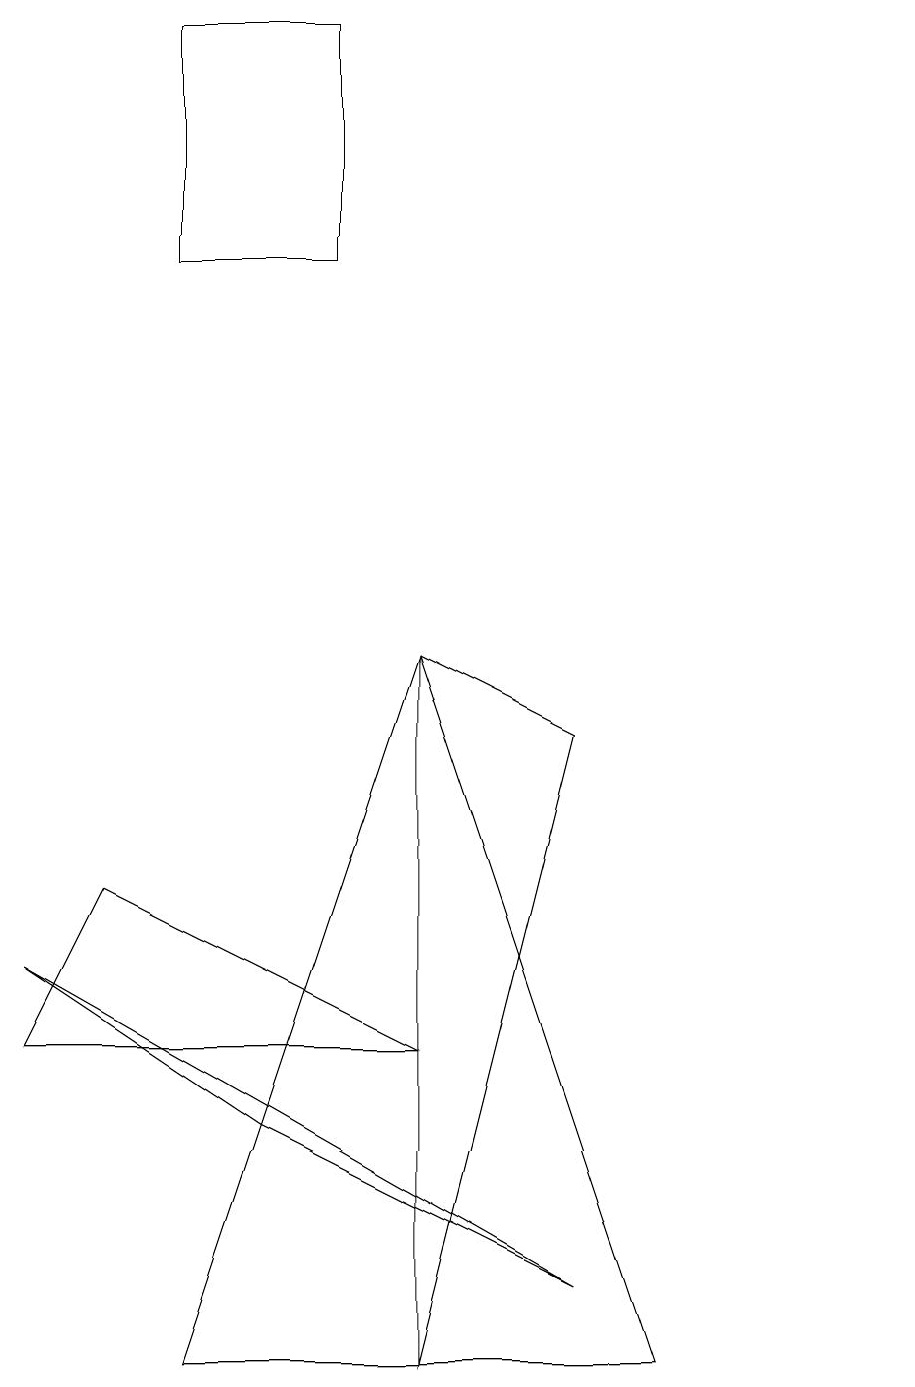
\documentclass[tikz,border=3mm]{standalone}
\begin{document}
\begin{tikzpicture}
\draw (5,9) -- (7,8) -- (5,0) -- cycle;
\draw (3,14) rectangle (4,14);
\draw (5,4) -- (0,4) -- (1,6) -- cycle;
\draw (8,0) -- (5,9) -- (2,0) -- cycle;
\draw (11,12) circle (0);
\draw (7,1) -- (3,3) -- (0,5) -- cycle;
\draw (4,17) rectangle (2,14);
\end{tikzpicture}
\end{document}